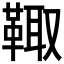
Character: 𩋄